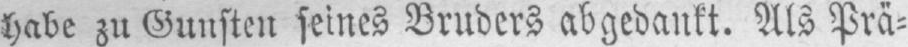
habe zu Gunsten seines Bruders abgedankt. Als Prä⸗